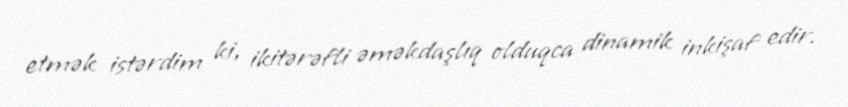
etmək istərdim ki, ikitərəfli əməkdaşlıq olduqca dinamik inkişaf edir.